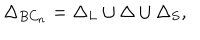
\Delta _ { B C _ { n } } = \Delta _ { L } \cup \Delta \cup \Delta _ { S } ,